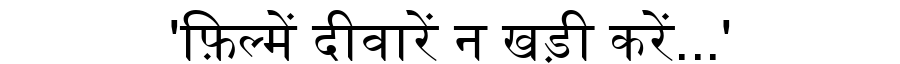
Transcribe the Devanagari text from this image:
'फ़िल्में दीवारें न खड़ी करें...'